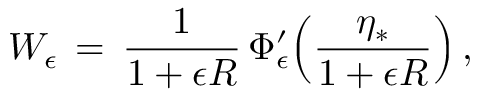
W _ { \epsilon } \, = \, \frac { 1 } { 1 + \epsilon R } \, \Phi _ { \epsilon } ^ { \prime } \Bigl ( \frac { \eta _ { * } } { 1 + \epsilon R } \Bigr ) \, ,